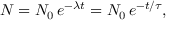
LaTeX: N = N _ { 0 } \, e ^ { - { \lambda } t } = N _ { 0 } \, e ^ { - t / \tau } , \,